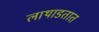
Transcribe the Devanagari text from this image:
लाथाडतात